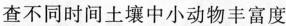
查不同时间土壤中小动物丰富度